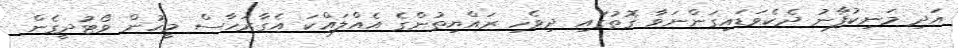
އަދި މަނިކުފާނު ދެކެވަޑައިގަންނަވާ ގޮތުގައި ދިވެހި ރައްޔިތުންގެ އެއްލައްކަ އެގާރަހާސް މީހުން ވޯޓުދީގެން